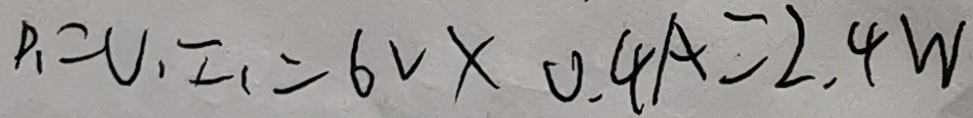
P _ { 1 } = U _ { 1 } I _ { 1 } = 6 V \times 0 . 4 A = 2 . 4 W